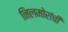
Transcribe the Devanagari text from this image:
निलमोरांची